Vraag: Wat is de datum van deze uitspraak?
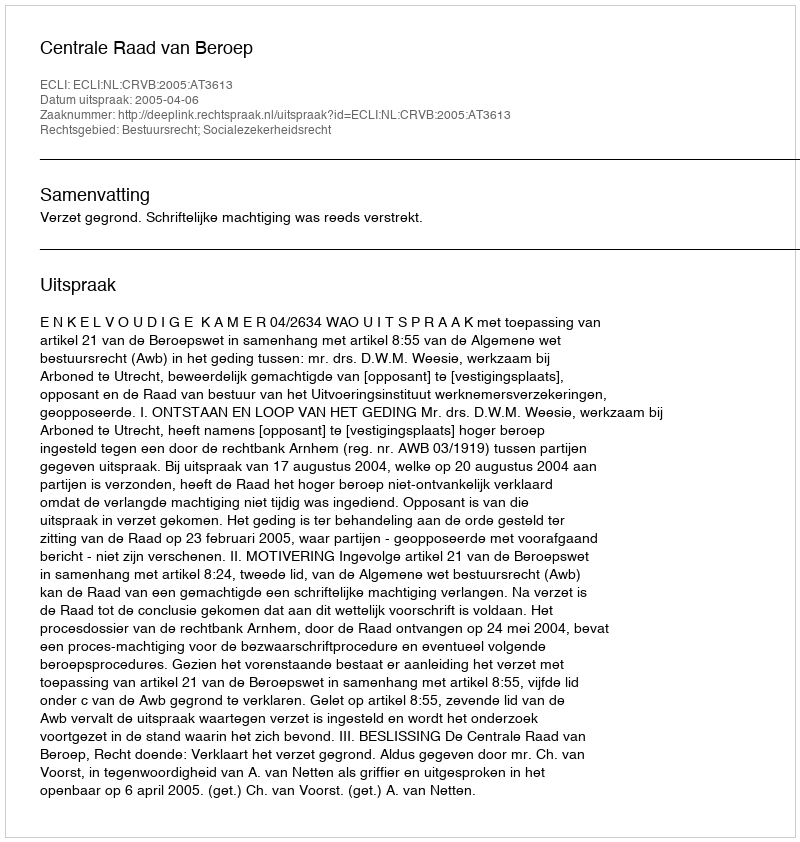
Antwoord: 2005-04-06